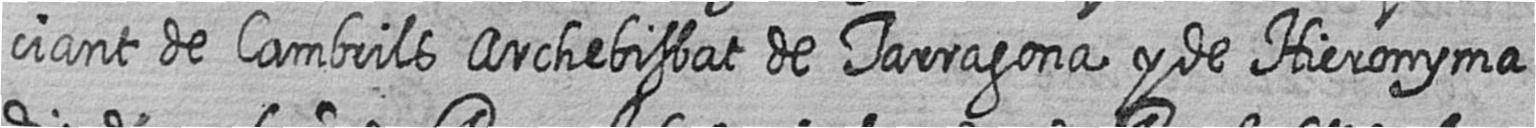
ciant de Cambrils Archebisbat de Tarragona y de Hieronyma